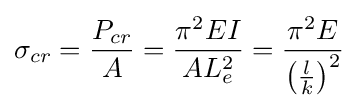
\sigma _{cr}={P_{cr} \over A}={\pi ^{2}EI \over AL_{e}^{2}}={\pi ^{2}E \over \left({\frac {l}{k}}\right)^{2}}